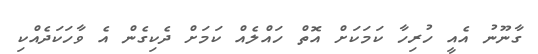
ގާނޫނު އެއީ ހުރިހާ ކަމަކަށް އޮތް ހައްލެއް ކަމަށް ދެކިގެން އެ ވާހަކަދެއްކި